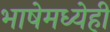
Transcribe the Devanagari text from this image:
भाषेमध्येही